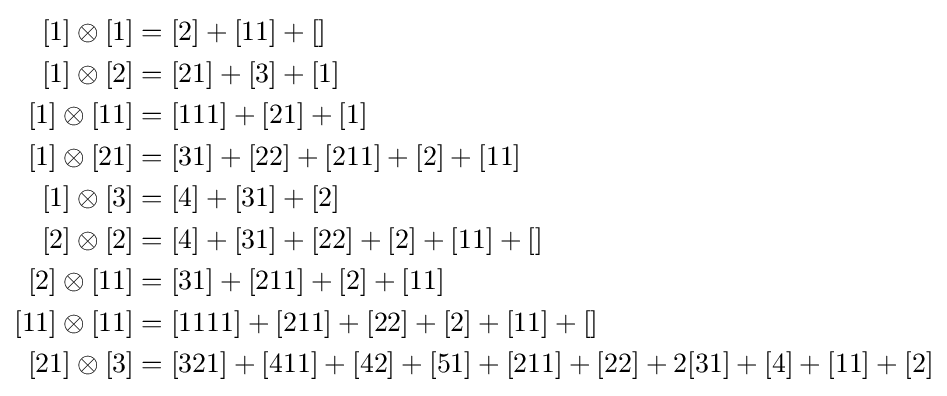
{\begin{aligned}{}[1]\otimes [1]&=[2]+[11]+[]\\{}[1]\otimes [2]&=[21]+[3]+[1]\\{}[1]\otimes [11]&=[111]+[21]+[1]\\{}[1]\otimes [21]&=[31]+[22]+[211]+[2]+[11]\\{}[1]\otimes [3]&=[4]+[31]+[2]\\{}[2]\otimes [2]&=[4]+[31]+[22]+[2]+[11]+[]\\{}[2]\otimes [11]&=[31]+[211]+[2]+[11]\\{}[11]\otimes [11]&=[1111]+[211]+[22]+[2]+[11]+[]\\{}[21]\otimes [3]&=[321]+[411]+[42]+[51]+[211]+[22]+2[31]+[4]+[11]+[2]\end{aligned}}